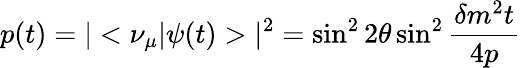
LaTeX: p(t)=|<\nu_{\mu}|\psi(t)>|^{2}=\sin^{2}2\theta\sin^{2}{\frac{\delta m^{2}t}{4p}}